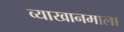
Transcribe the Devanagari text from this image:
व्याखानमाला